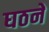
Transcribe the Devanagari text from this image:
घठने